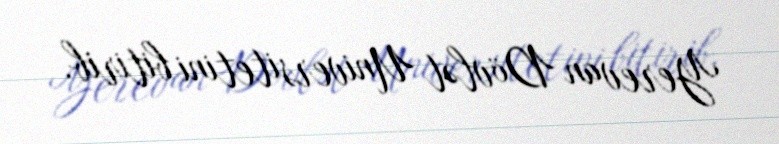
Yerevan Dövlət Universitetini bitirib.